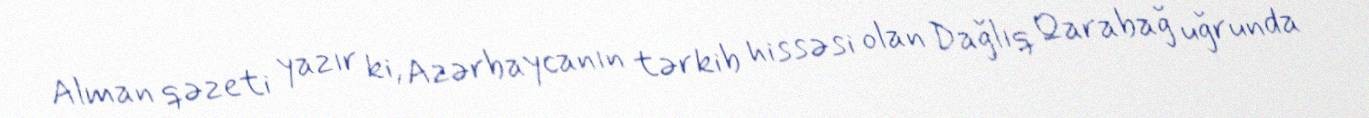
Alman qəzeti yazır ki, Azərbaycanın tərkib hissəsi olan Dağlıq Qarabağ uğrunda